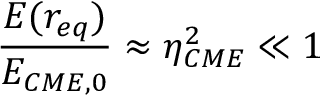
\frac { E ( r _ { e q } ) } { E _ { C M E , 0 } } \approx \eta _ { C M E } ^ { 2 } \ll 1